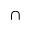
\cap